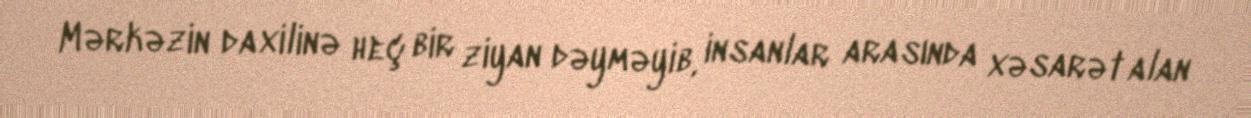
Mərkəzin daxilinə heç bir ziyan dəyməyib, insanlar arasında xəsarət alan